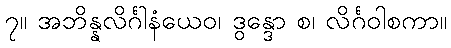
၇။ အဘိန္နလိင်္ဂါနံယေဝ၊ ဒွန္ဒော စ၊ လိင်္ဂဝါစကာ။